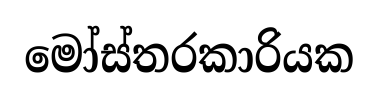
මෝස්තරකාරියක